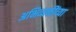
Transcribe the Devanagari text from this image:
अभिव्यक्तींच्या